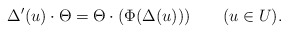
\begin{align*}\Delta'(u)\cdot\Theta=\Theta\cdot(\Phi(\Delta(u)))\qquad(u\in U).\end{align*}